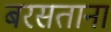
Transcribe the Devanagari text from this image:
बरसताना